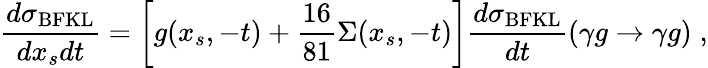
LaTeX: \frac{d\sigma_{\mathrm{BFKL}}}{dx_{s}dt}=\left[g(x_{s},-t)+\frac{16}{81}\Sigma(x_{s},-t)\right]\frac{d\sigma_{\mathrm{BFKL}}}{dt}(\gamma g\to\gamma g)\; ,